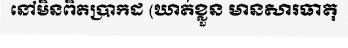
នៅមិនពិតប្រាកដ (ឃាត់ខ្លួន មានសារធាតុ